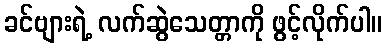
ခင်ဗျားရဲ့ လက်ဆွဲသေတ္တာကို ဖွင့်လိုက်ပါ။